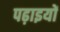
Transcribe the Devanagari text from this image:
पढ़ाइयों